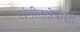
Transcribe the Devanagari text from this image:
संगीतक्षेत्राशी